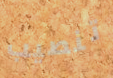
تنصيب